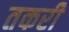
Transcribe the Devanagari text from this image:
तकरी